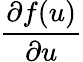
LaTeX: \frac{\partial f(u)}{\partial u}